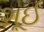
શૂઈ